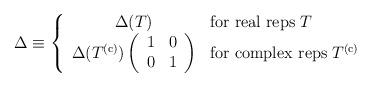
LaTeX: \begin{align*}\Delta \equiv \left\{\begin{array}{cl}\Delta (T) & \mbox{for real reps}\; T \\\Delta( T^{\rm (c)})\left( \begin{array}{cc}1 & 0 \\ 0 & 1 \end{array} \right)& \mbox{for complex reps}\; T^{\rm (c)}\end{array} \right.\end{align*}